Report on the working of the Ranchi Indian Mental Hospital, Kanke, in Bihar and Orissa - 1930-1940
Year: 1930
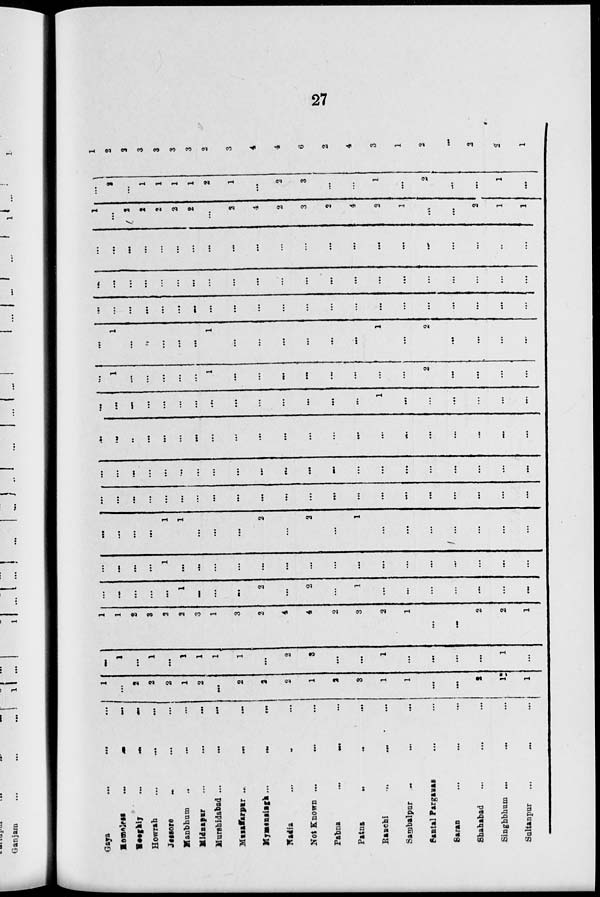
27
Gaya ... ... ...
Homeless ... ... ...
Hooghly
...
...
...
Howrah
...
...
...
Jessore ... ... ...
Manbhum ... ... ...
Midnapur
...
...
...
Murshidabad ...
...
...
Mussffarpur ... ... ...
Mymensingh
...
...
...
Nadia ... ... ...
Not Known
...
...
...
Pabna
...
...
...
Patna ... ... ...
Ranchi
...
...
...
Sambalpur ... ... ...
Santal Parganas ... ... ...
Saran
...
...
...
Shahabad ... ... ...
Singhbhum ... ... ...
Sultanpur ... ...
1
...
2
2
2
1
2
...
2
2
2
1
2
3
1
1
...
...
2
1
1
...
1
...
1
...
1
1
1
1
...
2
3
...
...
1
...
...
...
...
1
...
1
1
2
3
2
2
3
1
3
2
4
4
2
3
2
1
...
...
2
2
1
...
...
...
...
1
...
...
...
2
...
2
...
1
...
...
...
...
...
...
...
...
...
...
...
1
...
...
...
...
...
...
...
...
...
...
...
...
...
...
...
...
...
...
...
...
1
1
...
...
...
2
...
2
...
1
...
...
...
...
...
...
...
...
...
...
...
...
...
...
...
...
...
...
...
...
...
...
...
...
...
...
...
...
...
...
...
...
...
...
...
...
...
...
...
...
...
...
...
...
...
...
...
...
...
...
...
..
...
...
...
...
...
...
...
...
...
...
...
...
...
...
...
...
...
...
...
...
...
...
...
...
...
...
...
...
...
...
...
...
1
...
...
...
...
...
...
...
1
...
...
...
...
...
1
...
...
...
...
...
...
...
...
2
...
...
...
...
...
1
...
...
...
...
...
1
...
...
...
...
...
...
1
...
2
...
...
...
...
...
...
...
...
...
...
...
...
...
...
...
...
...
...
...
...
...
...
...
...
...
...
...
...
...
...
...
...
...
...
...
...
...
...
...
...
...
...
...
...
...
...
...
...
...
...
...
...
...
...
...
...
...
...
...
...
...
...
...
...
...
...
...
1
...
2
2
2
2
2
...
2
4
2
3
2
4
2
1
...
...
2
1
1
...
2
...
1
1
1
1
2
1
...
2
3
...
...
1
...
2
...
...
1
...
1
2
2
3
3
3
3
2
3
4
4
6
2
4
3
1
2
...
2
2
1